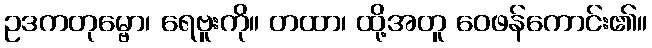
ဥဒကတုမ္ဗော၊ ရေဗူးကို။ တထာ၊ ထို့အတူ ဝေဖန်ကောင်း၏။